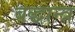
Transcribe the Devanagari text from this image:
बद्धान्त्र